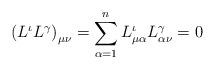
LaTeX: \begin{align*}\left( L^{\iota}L^{\gamma}\right)_{\mu\nu} = \sum_{\alpha=1}^n L_{\mu\alpha}^{\iota}L_{\alpha\nu}^{\gamma}=0\end{align*}